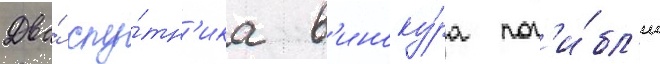
Два́ спу́тн'ика в'иноку́ра пог'и́бл'и